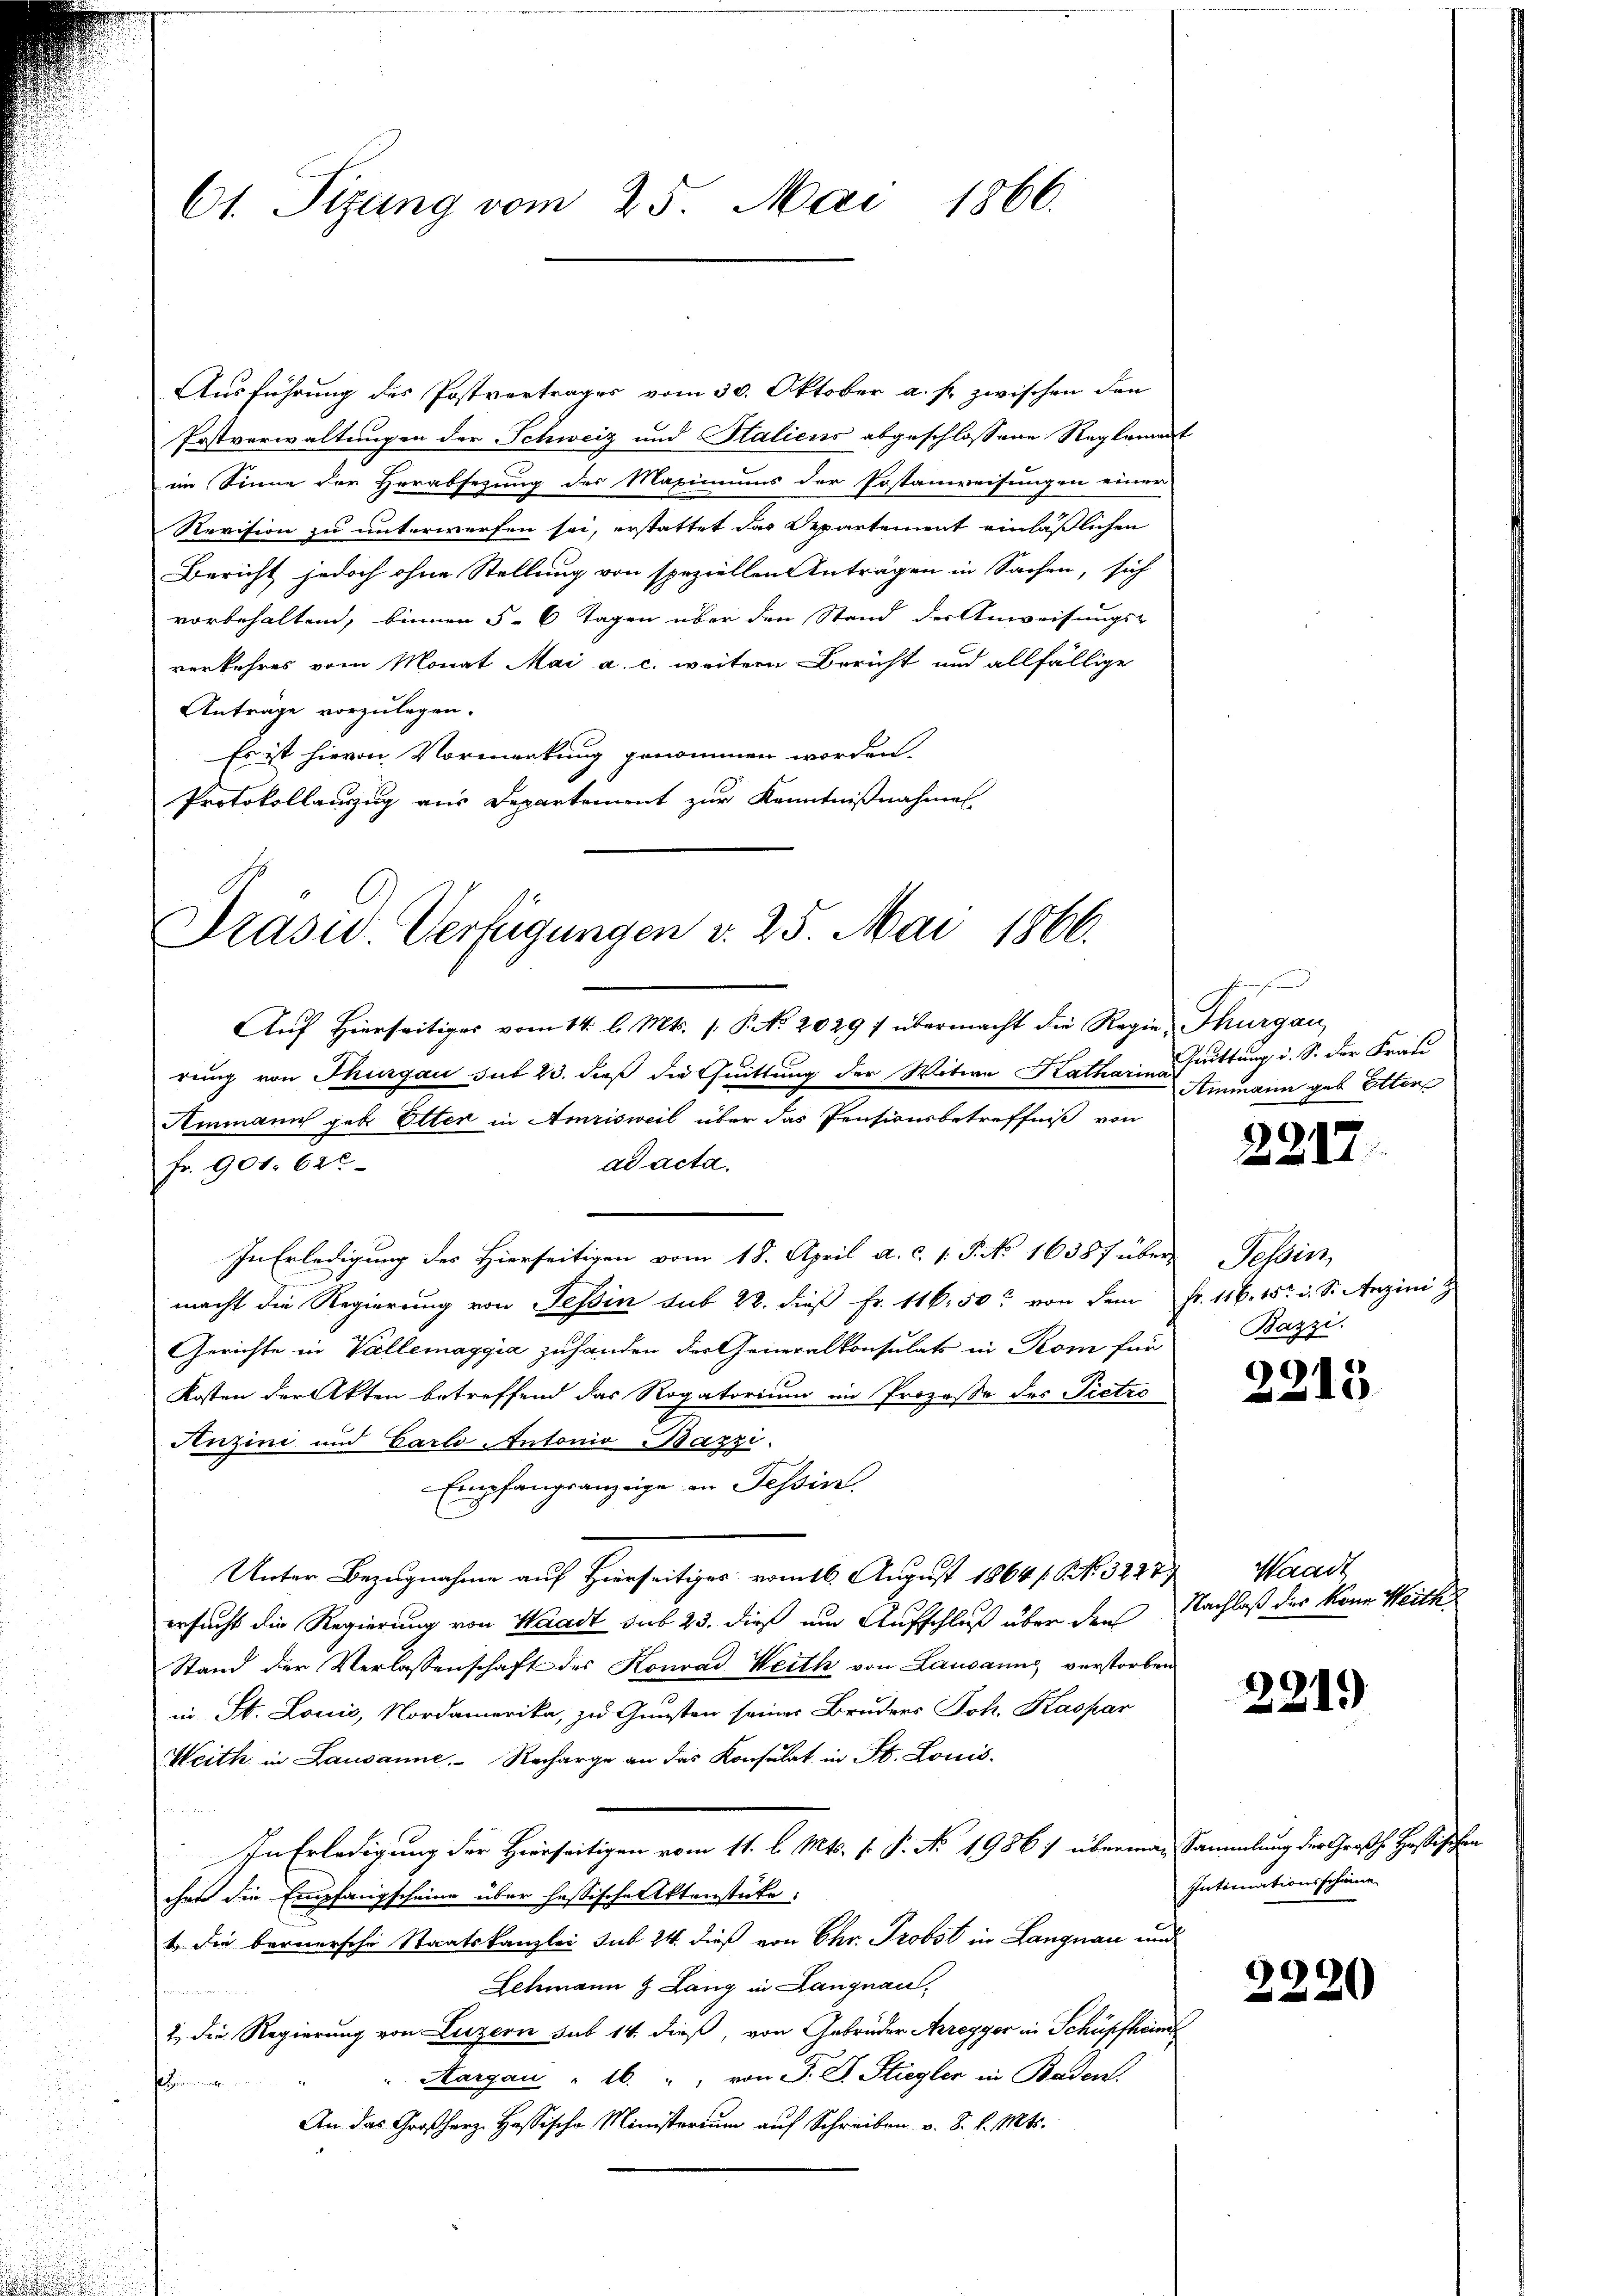
61. Sizung vom 25. Mai 1866.

Ausführung des Postvertrages vom 30. Oktober a. s. zwischen den
Postverwaltungen der Schweiz und Staliens abgeschlossene Reglement
im Sinne der Herabsetzung des Maximums der Postanweisungen einer
Revision zu unterwerfen sei, erstattet das Departement einläßlichen
Bericht jedoch ohne Stellung von speziellen Anträgen in Sachen, sich
vorbehaltend, binnen 5 - 6 Tagen über den Stand der Anweisungs-
verkehres vom Monat Mai a. c. weitern Bericht und allfällige
Anträge vorzulegen.
Es ist hievon Vormerkung genommen worden.
Protokollauszug aus Departement zur Kenntnißnahme

Präsid. Verfügungen v. 25. Mai 1866.

Auf Hierseitiges vom 14. l. Mts. (: P. No 2029 f übermacht die Regie-Thurgau,
rung von Thurgau sit 23. dieß die Quittung der Witwe Katharittung, d. S. der Frau
Ammann geb. Elter in Amrisweil über das Pensionsbetreffniß von
ad acta.
Fr. 901. 620
In Erledigung des Hierseitigen vom 18. April a. c. 1. P. No. 16387 über Tessin,
macht die Regierung von Tessin sub 22. dieβ fr. 116. 50 von dem Fr. 116. 15. d. S. Anzini z
Gerichte in Vallemaggia zuhanden des Generalkonsulats in Rom für
Kosten der Akten betreffend das Rogatorium im Prozesse des Pietro
Auzini und Carlo Antonio Bazzi.
Empfangsanzeige in Tessin
Unter Bezugnahme auf Hierseitiges vom 16. August 1864 s. S. 3227.
ersucht die Regierung von Waadt sub 23. dieß um Aufschluß über den
Stand der Verlassenschaft des Konrad Weith von Lausanns verstorben
in St. Louis, Nordamerika, zu Gunsten seines Bruders Joh. Kaspar
Weith in Lausanne. Recharge an das Konsulat in St. Louis-
In Erledigung der Hierseitigen vom 11. l. Mts. f. P. No. 1986 :/ übermann Sammlung der Großh. Hassischen
chen die Empfangscheine über hassische Aktenstücke:
t die bernersche Staatskanzlei sub 24. dieß von Chr. Probst in Langnau und
Schmann & Lang in Langnau-
2 die Regierung von Luzern sub 14. dieß, von Gebrüder Aregger in Schüpfheim
Margau " 16. " " von J. J. Stiegler in Baden.
flingen
An das Großherz. Hassische Ministerium auf Schreiben v. 8. d. Mts.

berha
Ammann geb. Elter

2217.

Bazzi.

2215

Waadt
Nachlaß des kann Weich

2219

Intimationsscheine

2220